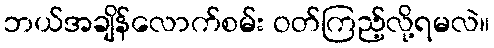
ဘယ်အချိန်လောက်စမ်း ဝတ်ကြည့်လို့ရမလဲ။